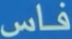
فاس